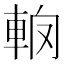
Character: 𨋦